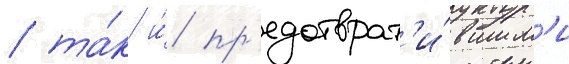
/ та́к и́ пр'едотврат'и́вшим'и